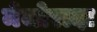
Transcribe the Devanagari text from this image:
मेजोरादा